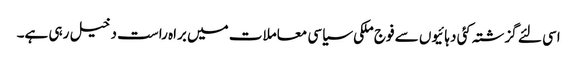
اسی لئے گزشتہ کئی دہائیوں سے فوج ملکی سیاسی معاملات میں براہ راست دخیل رہی ہے۔